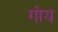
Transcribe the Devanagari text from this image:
गोय